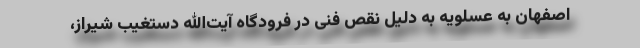
اصفهان به عسلویه به دلیل نقص فنی در فرودگاه آیت‌الله دستغیب شیراز،